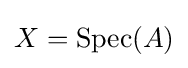
X={\text{Spec}}(A)